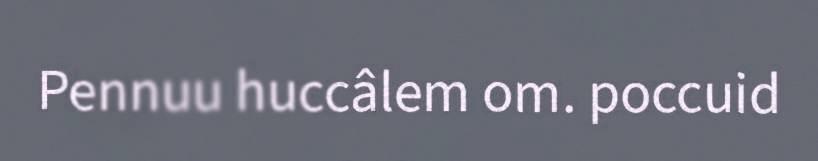
Pennuu huccâlem om. poccuid